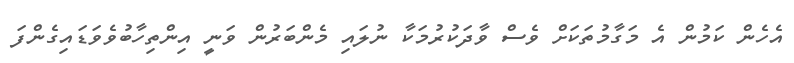
އެހެން ކަމުން އެ މަގާމުތަކަށް ވެސް ވާދަކުރުމަކާ ނުލައި މެންބަރުން ވަނީ އިންތިހާބުވެވަޑައިގެންފަ